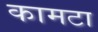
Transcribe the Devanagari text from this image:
कामटा